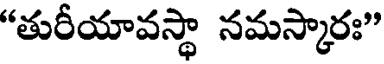
"తురీయావస్థా నమస్కారః"